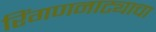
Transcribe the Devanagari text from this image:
रिंगणनाट्याचा